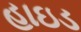
હાઇડ